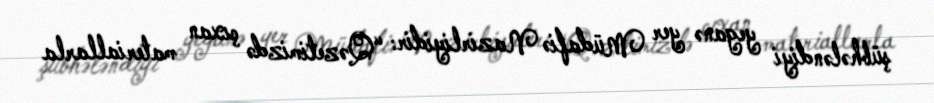
şübhələndiyi yeganə yer Müdafiə Nazirliyidir: “Qəzetimizdə çıxan materiallarla